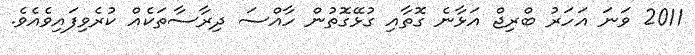
2011 ވަނަ އަހަރު ބްރިޖް އަޅާނެ ގޮތާއި ގުޅޭގޮތުން ހާއްސަ ދިރާސާތަކެއް ކުރެވިފައިވެއެވެ.